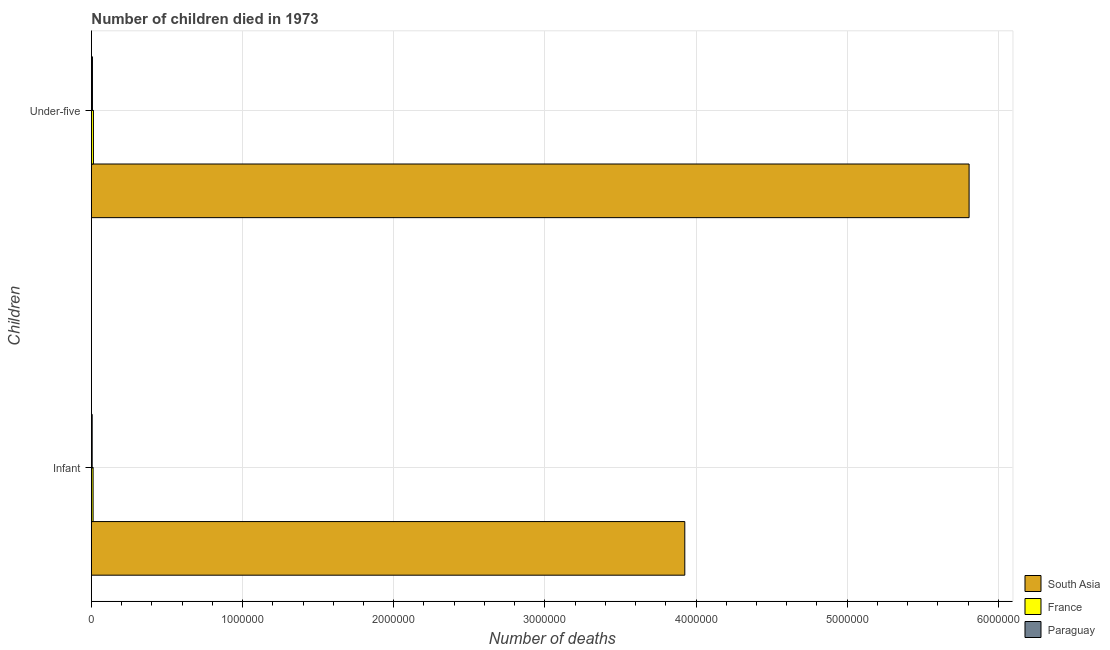
| Children | South Asia | France | Paraguay |
 | --- | --- | --- | --- |
 | Infant | 3.93e+06 | 1.1e+04 | 5.08e+03 |
 | Under-five | 5.81e+06 | 1.34e+04 | 6.84e+03 |